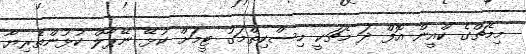
މިމެޗްގެ ކްއީން އޮފް ދަ މެޗަކީ މިސްކިތްމަގު ޓީމަށް ކުޅޭ ނޭޕާލް ކުޅުންތެރިޔާ